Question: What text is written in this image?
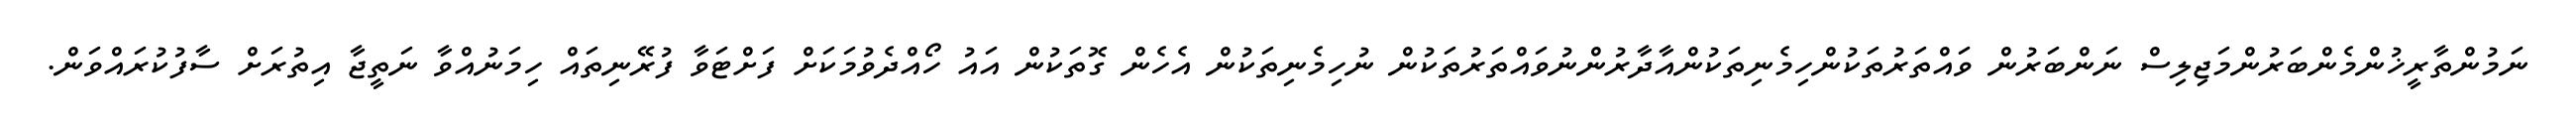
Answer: ނަމުންތާރީޚުންމެންބަރުންމަޖިލިސް ނަންބަރުން ވައްތަރުތަކުންހިމެނިތަކުންއާދާރުންނުވައްތަރުތަކުން ނުހިމެނިތަކުން އެހެން ގޮތަކުން އައު ހޯއްދެވުމަކަށް ފަށްޓަވާ ފުރޭނިތައް ހިމަނުއްވާ ނަތީޖާ އިތުރަށް ސާފުކުރައްވަން.